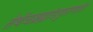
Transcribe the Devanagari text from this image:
तेथेंचब्रह्मांडपुराणांत